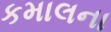
કમાલના